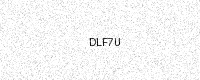
Text: DLF7U